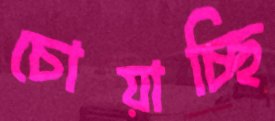
চোয়াচ্ছি